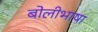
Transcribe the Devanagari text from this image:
बाेलीभाषा